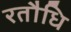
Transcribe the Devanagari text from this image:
रतौधि